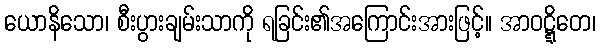
ယောနိသော၊ စီးပွားချမ်းသာကို ရခြင်း၏အကြောင်းအားဖြင့်။ အာဝဋ္ဋိတေ၊